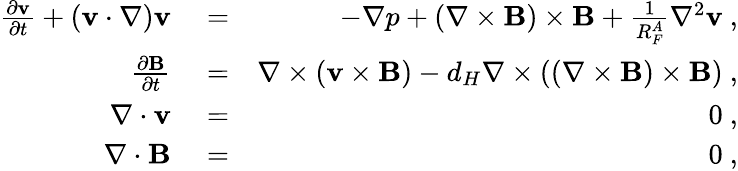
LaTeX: \begin{array}{rlr}{\frac{\partial{\mathbf v}}{\partial t}+({\mathbf v}\cdot\nabla){\mathbf v}}&{{}=}&{-\nabla p+(\nabla\times{\mathbf B})\times{\mathbf B}+\frac{1}{R_{F}^{A}}\nabla^{2}{\mathbf v}~,}\\ {\frac{\partial{\mathbf B}}{\partial t}}&{{}=}&{\nabla\times(\textbf{v}\times{\mathbf B})-d_{H}\nabla\times((\nabla\times{\mathbf B})\times{\mathbf B})~,}\\ {\nabla\cdot{\mathbf v}}&{{}=}&{0~,}\\ {\nabla\cdot{\mathbf B}}&{{}=}&{0~,}\end{array}